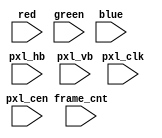
/*  This file is part of JT_FRAME.
    JTFRAME program is free software: you can redistribute it and/or modify
    it under the terms of the GNU General Public License as published by
    the Free Software Foundation, either version 3 of the License, or
    (at your option) any later version.

    JTFRAME program is distributed in the hope that it will be useful,
    but WITHOUT ANY WARRANTY; without even the implied warranty of
    MERCHANTABILITY or FITNESS FOR A PARTICULAR PURPOSE.  See the
    GNU General Public License for more details.

    You should have received a copy of the GNU General Public License
    along with JTFRAME.  If not, see <http://www.gnu.org/licenses/>.

    Author: Jose Tejada Gomez. Twitter: @topapate
    Version: 1.0
    Date: 6-9-2021 */

////////////////////////////////////////////////////////////////////
// video output dump
// this is a binary bile with 32 bits per pixel. First 8 bits are the alpha, and set to 0xFF
// The rest are RGB in 8-bit format
// There is no dump while blanking. The inputs pxl_hb and pxl_vb are high during blanking
// The linux tool "convert" can process the raw stream and separate it into individual frames
// automatically

`timescale 1ns/1ps

module video_dump(
    input        pxl_clk,
    input        pxl_cen,
    input        pxl_hb,
    input        pxl_vb,
    input [ 7:0] red,
    input [ 7:0] green,
    input [ 7:0] blue,
    input [31:0] frame_cnt
    //input        downloading
);


`ifdef DUMP_VIDEO

`ifndef DUMP_VIDEO_FNAME
    `define DUMP_VIDEO_FNAME "video.raw"
    initial $display("WARNING: DUMP_VIDEO_FNAME undefined\n");
`else
    initial $display("INFO: dumping video to %s\n",`DUMP_VIDEO_FNAME);
`endif

integer vcnt=-1, hcnt=-1, hvinfo_done=-1, finfo;
integer fvideo;

reg last_vb, last_hb;

initial begin
    fvideo = $fopen(`DUMP_VIDEO_FNAME,"wb");
end

wire [31:0] video_dump = { 8'hff, blue, green, red };

// Define VIDEO_START with the first frame number for which
// video will be dumped. If undefined, it will start from frame 0
`ifndef VIDEO_START
`define VIDEO_START 0
`endif

always @(posedge pxl_clk) if(pxl_cen && frame_cnt>=`VIDEO_START && hvinfo_done>=0 ) begin
    if( !pxl_hb && !pxl_vb ) $fwrite(fvideo,"%u", video_dump);
end

always @(posedge pxl_clk) if( pxl_cen && hvinfo_done<1 ) begin
    last_vb <= pxl_vb;
    last_hb <= pxl_hb;
    if( pxl_vb ) begin
        vcnt<=0;
        if( hvinfo_done==0 && vcnt>0 && hcnt>0 ) begin
            finfo  = $fopen("video.info","w");
            $fdisplay( finfo, "1%d\n%1d\n", hcnt, vcnt );
            $display( "Visible screen size: %1dx%1d\n", hcnt, vcnt );
            $fclose(finfo);
            hvinfo_done <= 1;
        end else if(hvinfo_done<0) begin
            hvinfo_done <= 0;
        end
    end else if( pxl_hb===1 && last_hb===0 )
        vcnt<=vcnt+1;

    if( pxl_hb )
        hcnt <= 0;
    else hcnt <= hcnt + 1;
end

`endif

endmodule